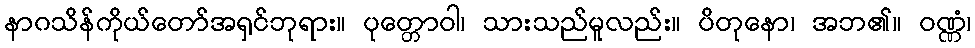
နာဂသိန်ကိုယ်တော်အရှင်ဘုရား။ ပုတ္တောဝါ၊ သားသည်မူလည်း။ ပိတုနော၊ အဘ၏။ ဝဏ္ဏံ၊